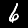
Digit: 6